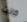
كانت